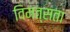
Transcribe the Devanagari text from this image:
विमत्सता